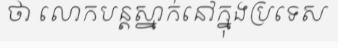
ថា លោកបន្តស្នាក់នៅក្នុងប្រទេស